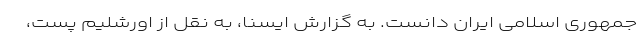
جمهوری اسلامی ایران دانست‌. به گزارش ایسنا، به نقل از اورشلیم پست،